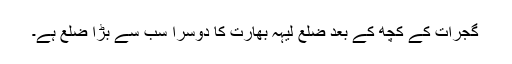
گجرات کے کچھ کے بعد ضلعِ لیہہ بھارت کا دوسرا سب سے بڑا ضلع ہے۔